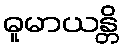
ဓူမာယန္တိ